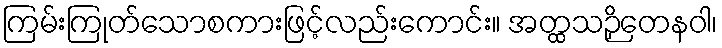
ကြမ်းကြုတ်သောစကားဖြင့်လည်းကောင်း။ အတ္ထသဉှိတေနဝါ၊